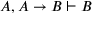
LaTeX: A , A \to B \vdash B